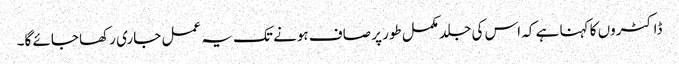
ڈاکٹروں کا کہنا ہے کہ اس کی جلد مکمل طور پر صاف ہونے تک یہ عمل جاری رکھا جائے گا۔